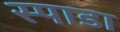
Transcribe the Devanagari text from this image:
स्पाडा